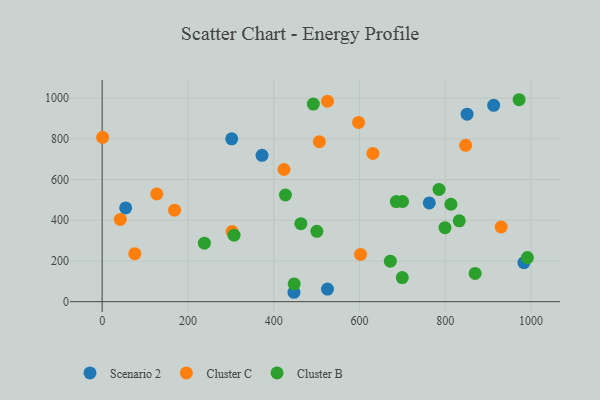
{"axis": {"x": "Ad Spend", "y": "Sales"}, "legend": ["Cluster B", "Cluster C", "Scenario 2"], "data": [{"x": "850.9", "y": 921.1, "type": "Scenario 2"}, {"x": "912.9", "y": 964.6, "type": "Scenario 2"}, {"x": "983.4", "y": 191.8, "type": "Scenario 2"}, {"x": "762.8", "y": 485.3, "type": "Scenario 2"}, {"x": "525.4", "y": 62.0, "type": "Scenario 2"}, {"x": "302.1", "y": 800.2, "type": "Scenario 2"}, {"x": "372.8", "y": 719.0, "type": "Scenario 2"}, {"x": "54.8", "y": 460.7, "type": "Scenario 2"}, {"x": "447.2", "y": 46.3, "type": "Scenario 2"}, {"x": "127.4", "y": 529.4, "type": "Cluster C"}, {"x": "847.5", "y": 768.4, "type": "Cluster C"}, {"x": "602.5", "y": 232.3, "type": "Cluster C"}, {"x": "303.0", "y": 344.5, "type": "Cluster C"}, {"x": "525.4", "y": 984.8, "type": "Cluster C"}, {"x": "424.0", "y": 649.5, "type": "Cluster C"}, {"x": "506.5", "y": 786.2, "type": "Cluster C"}, {"x": "76.1", "y": 236.1, "type": "Cluster C"}, {"x": "42.3", "y": 404.1, "type": "Cluster C"}, {"x": "168.8", "y": 449.6, "type": "Cluster C"}, {"x": "1.1", "y": 807.5, "type": "Cluster C"}, {"x": "930.4", "y": 366.9, "type": "Cluster C"}, {"x": "631.3", "y": 728.7, "type": "Cluster C"}, {"x": "597.9", "y": 880.7, "type": "Cluster C"}, {"x": "991.5", "y": 217.0, "type": "Cluster B"}, {"x": "799.4", "y": 363.8, "type": "Cluster B"}, {"x": "427.4", "y": 524.1, "type": "Cluster B"}, {"x": "813.2", "y": 478.8, "type": "Cluster B"}, {"x": "238.4", "y": 287.5, "type": "Cluster B"}, {"x": "671.9", "y": 199.3, "type": "Cluster B"}, {"x": "972.2", "y": 992.3, "type": "Cluster B"}, {"x": "700.5", "y": 492.4, "type": "Cluster B"}, {"x": "685.9", "y": 491.9, "type": "Cluster B"}, {"x": "447.8", "y": 87.1, "type": "Cluster B"}, {"x": "492.4", "y": 971.1, "type": "Cluster B"}, {"x": "785.5", "y": 551.8, "type": "Cluster B"}, {"x": "832.7", "y": 397.3, "type": "Cluster B"}, {"x": "699.8", "y": 118.7, "type": "Cluster B"}, {"x": "869.7", "y": 138.9, "type": "Cluster B"}, {"x": "500.6", "y": 345.7, "type": "Cluster B"}, {"x": "307.5", "y": 326.7, "type": "Cluster B"}, {"x": "463.3", "y": 383.1, "type": "Cluster B"}]}